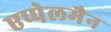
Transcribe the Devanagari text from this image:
एप्पेलमैन